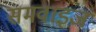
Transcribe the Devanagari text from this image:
समवाइज